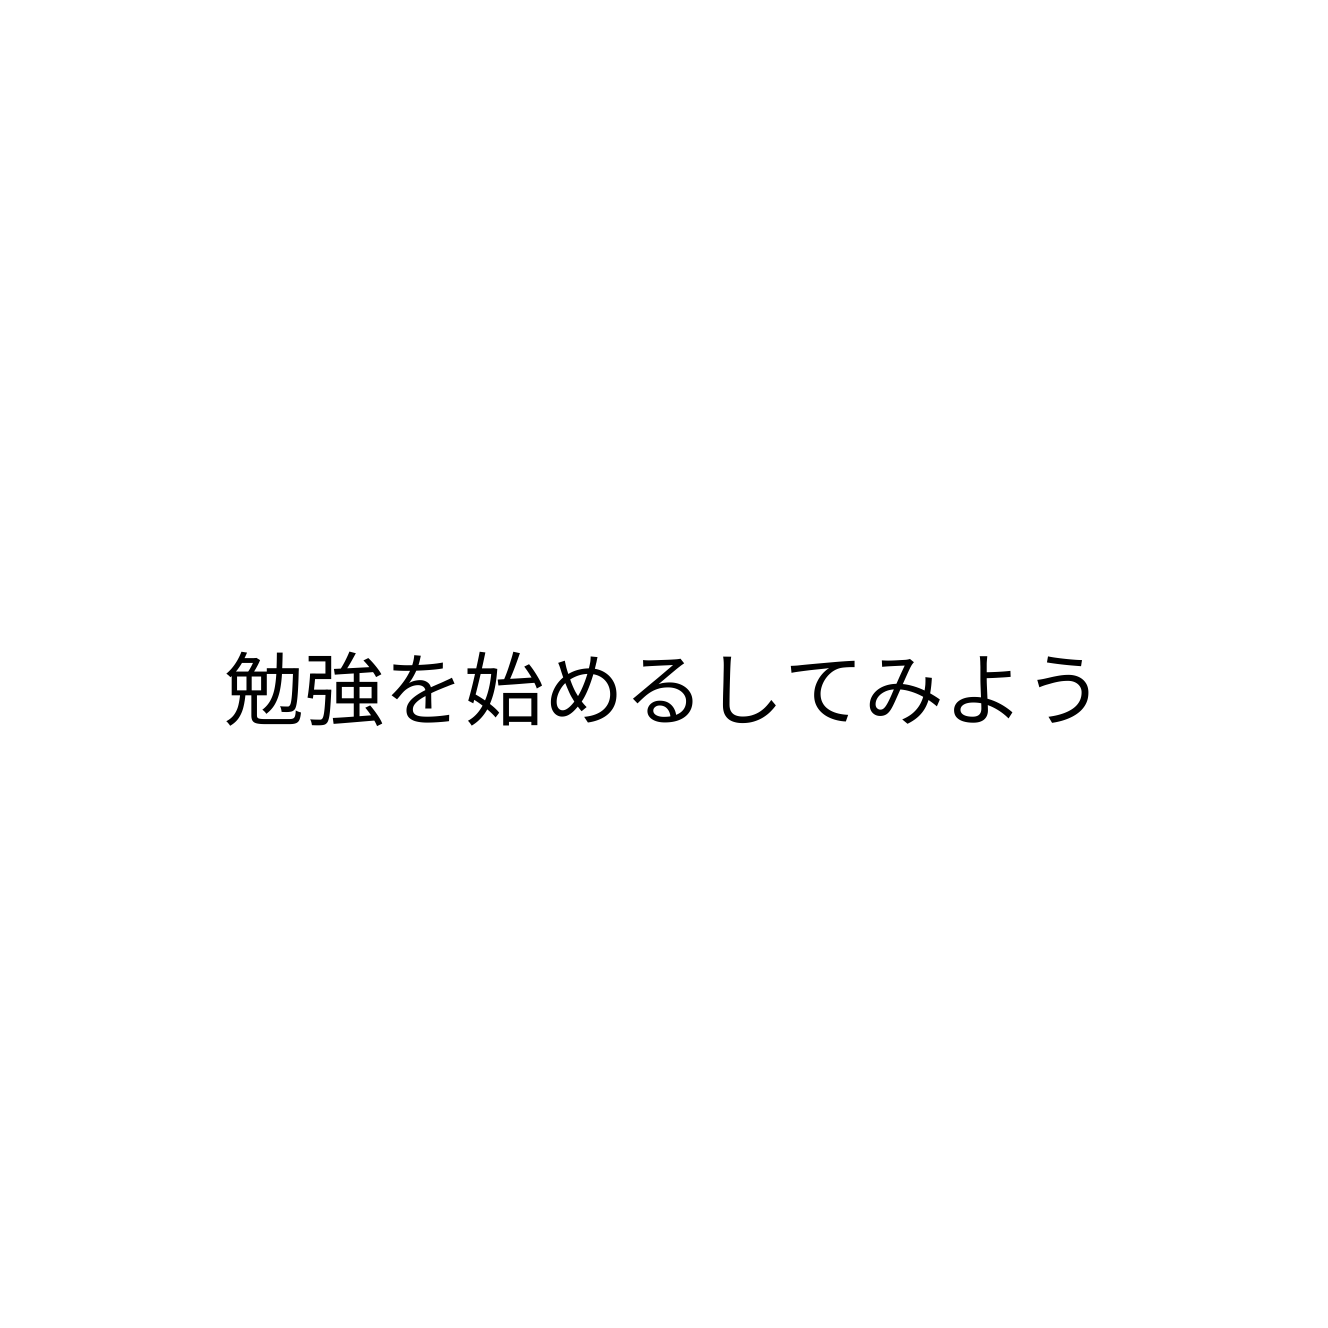
勉強を始めるしてみよう